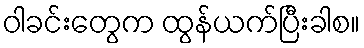
ဝါခင်းတွေက ထွန်ယက်ပြီးခါစ။